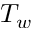
T _ { w }